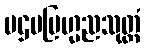
ပဌမဗြဟ္မညသုတ္တံ